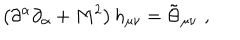
\left( \partial ^ { \alpha } \partial _ { \alpha } + M ^ { 2 } \right) h _ { \mu \nu } = \tilde { \Theta } _ { \mu \nu } \, \, ,